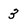
Character: 3